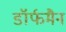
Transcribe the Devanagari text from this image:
डॉर्फमैन